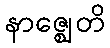
နာဇ္ဈေတိ